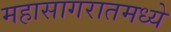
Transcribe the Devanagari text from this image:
महासागरातमध्ये